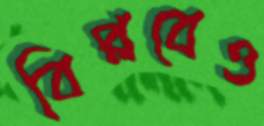
বিপ্লবেও